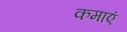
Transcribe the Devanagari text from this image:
कमाएं